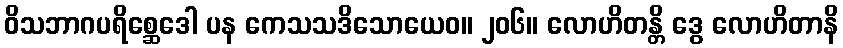
ဝိသဘာဂပရိစ္ဆေဒေါ ပန ကေသသဒိသောယေဝ။ ၂၀၆။ လောဟိတန္တိ ဒွေ လောဟိတာနိ